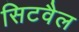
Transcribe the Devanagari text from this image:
सिटवैल